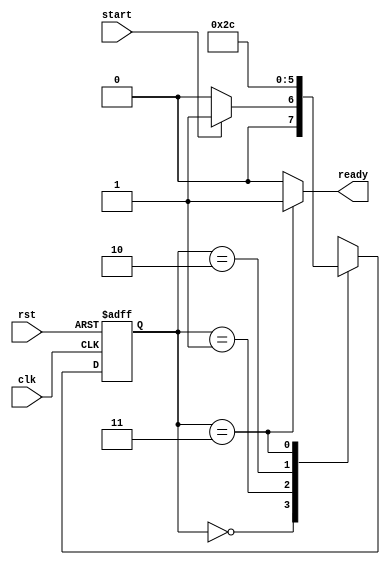
module PU_Controller (input clk, rst, start, output reg ready); 
 
    reg [1:0] ps, ns; 
    parameter [1:0] Idle = 2'b00, Mult = 2'b01, Add = 2'b10, Accu = 2'b11; 
      
    always @(*) begin 
        case (ps) 
            Idle: ns = (start == 1) ? Mult : Idle; 
            Mult: ns = Add; 
            Add: ns = Accu; 
            Accu: ns = Idle; 
        endcase 
    end 
 
    always @(*) begin 
        {ready} = 1'b0;
        case (ps) 
            // Idle: clr = 1'b1; 
            // Multi: {c_up, ld} = 2'b11; 
            // Add: {mult_done, ld} = 2'b11; 
            Accu: ready = 1'b1; 
        endcase 
    end 
 
    always @(posedge clk, posedge rst) begin 
        if(rst) 
            ps <= 2'b0; 
        else 
            ps <= ns; 
    end 
endmodule